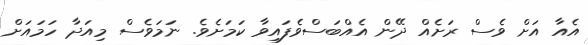
އެއާ އަށް ވެސް ރަށެއް ދޭން އެއްބަސްވެފައިވާ ކަމަށެވެ. ނަމަވެސް މިއަދާ ހަމައަށް